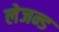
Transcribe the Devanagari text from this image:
लेजन्ड